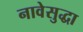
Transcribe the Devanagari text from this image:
नावेसुद्धा